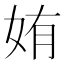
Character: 姷